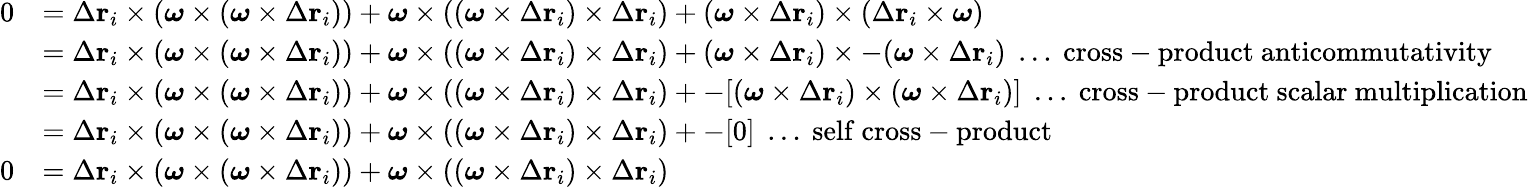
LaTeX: {\begin{array}{rl}{0}&{=\Delta\mathbf{r}_{i}\times({\boldsymbol{\omega}}\times({\boldsymbol{\omega}}\times\Delta\mathbf{r}_{i}))+{\boldsymbol{\omega}}\times(({\boldsymbol{\omega}}\times\Delta\mathbf{r}_{i})\times\Delta\mathbf{r}_{i})+({\boldsymbol{\omega}}\times\Delta\mathbf{r}_{i})\times(\Delta\mathbf{r}_{i}\times{\boldsymbol{\omega}})}\\ &{=\Delta\mathbf{r}_{i}\times({\boldsymbol{\omega}}\times({\boldsymbol{\omega}}\times\Delta\mathbf{r}_{i}))+{\boldsymbol{\omega}}\times(({\boldsymbol{\omega}}\times\Delta\mathbf{r}_{i})\times\Delta\mathbf{r}_{i})+({\boldsymbol{\omega}}\times\Delta\mathbf{r}_{i})\times-({\boldsymbol{\omega}}\times\Delta\mathbf{r}_{i})\; \ldots{\mathrm{~cross-product~anticommutativity}}}\\ &{=\Delta\mathbf{r}_{i}\times({\boldsymbol{\omega}}\times({\boldsymbol{\omega}}\times\Delta\mathbf{r}_{i}))+{\boldsymbol{\omega}}\times(({\boldsymbol{\omega}}\times\Delta\mathbf{r}_{i})\times\Delta\mathbf{r}_{i})+-[({\boldsymbol{\omega}}\times\Delta\mathbf{r}_{i})\times({\boldsymbol{\omega}}\times\Delta\mathbf{r}_{i})]\; \ldots{\mathrm{~cross-product~scalar~multiplication}}}\\ &{=\Delta\mathbf{r}_{i}\times({\boldsymbol{\omega}}\times({\boldsymbol{\omega}}\times\Delta\mathbf{r}_{i}))+{\boldsymbol{\omega}}\times(({\boldsymbol{\omega}}\times\Delta\mathbf{r}_{i})\times\Delta\mathbf{r}_{i})+-[0]\; \ldots{\mathrm{~self~cross-product}}}\\ {0}&{=\Delta\mathbf{r}_{i}\times({\boldsymbol{\omega}}\times({\boldsymbol{\omega}}\times\Delta\mathbf{r}_{i}))+{\boldsymbol{\omega}}\times(({\boldsymbol{\omega}}\times\Delta\mathbf{r}_{i})\times\Delta\mathbf{r}_{i})}\end{array}}